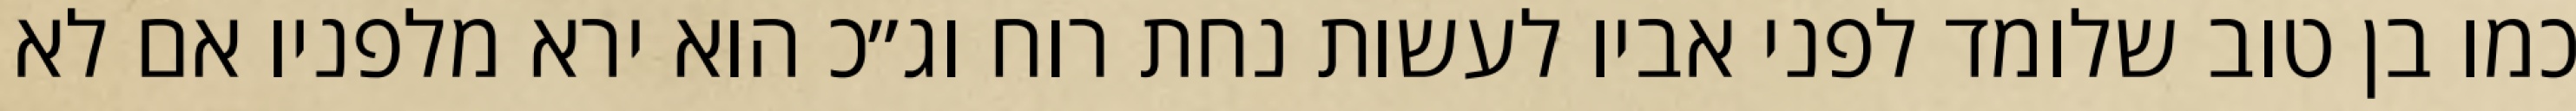
כמו בן טוב שלומד לפני אביו לעשות נחת רוח וג״כ הוא ירא מלפניו אם לא